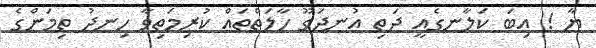
ޔާ ! އިބަ ކަލާނގެއީ ދަތި އުނދަގޫ ހާލަތްތައް ކުރިމަތިވާ ހިނދު ތިމަންގެ